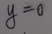
y = 0